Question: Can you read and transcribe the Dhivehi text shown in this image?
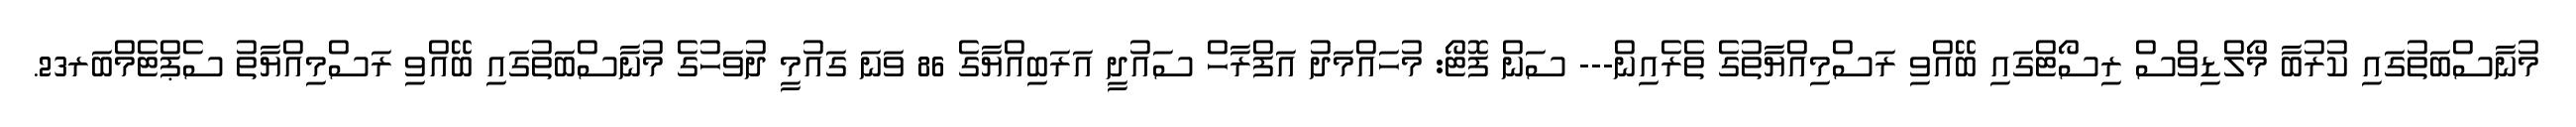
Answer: މުނާސްބަތުގައި ކުރުބާ މޯލްޑިވްސް ރިސޯޓްގައި ބޭއްވި ރަސްމިއްޔާތުގެ ތެރެއިން--- ސަން ފޮޓޯ: މުހައްމަދު އަފްރާހް ސައުދީ އަރަބިއްޔާގެ 86 ވަނަ ގައުމީ ދުވަހުގެ މުނާސްބަތުގައި ބޭއްވި ރަސްމިއްޔާތު ސެޕްޓެމްބަރ23.